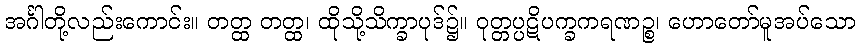
အင်္ဂါတို့လည်းကောင်း။ တတ္ထ တတ္ထ၊ ထိုသို့သိက္ခာပုဒ်၌။ ဝုတ္တပ္ပဋိပက္ခကရဏဉ္စ၊ ဟောတော်မူအပ်သော